Plague in India, 1896, 1897 - Volume 1
Year: 1896
Disease focus: Plague
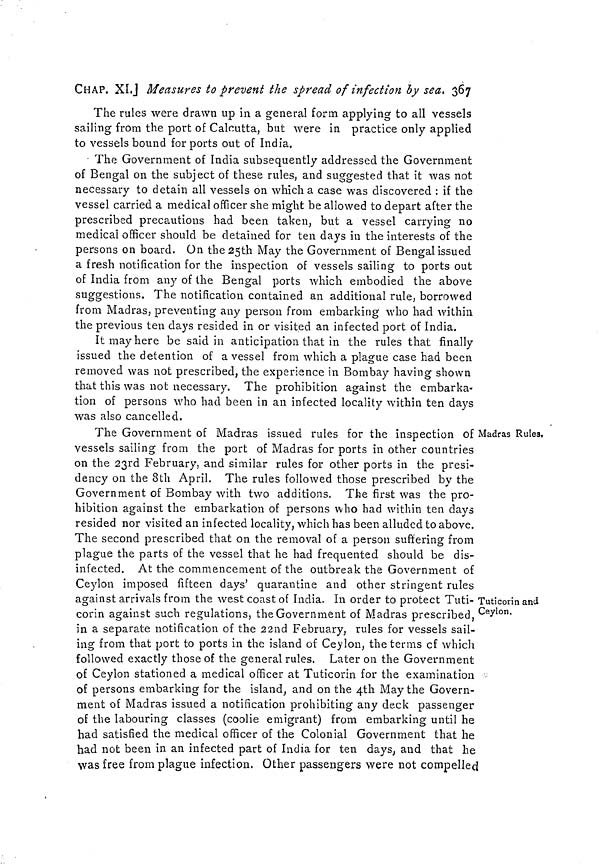
CHAP. XI.] Measures to prevent the spread of infection by sea. 367
The rules were drawn up in a general form applying to all vessels
sailing from the port of Calcutta, but were in practice only applied
to vessels bound for ports out of India.
The Government of India subsequently addressed the Government
of Bengal on the subject of these rules, and suggested that it was not
necessary to detain all vessels on which a case was discovered : if the
vessel carried a medical officer she might be allowed to depart after the
prescribed precautions had been taken, but a vessel carrying no
medical officer should be detained for ten days in the interests of the
persons on board. On the 25th May the Government of Bengal issued
a fresh notification for the inspection of vessels sailing to ports out
of India from any of the Bengal ports which embodied the above
suggestions. The notification contained an additional rule, borrowed
from Madras, preventing any person from embarking who had within
the previous ten clays resided in or visited an infected port of India.
It may here be said in anticipation that in the rules that finally
issued the detention of a vessel from which a plague case had been
removed was not prescribed, the experience in Bombay having shown
that this was not necessary. The prohibition against the embarka-
tion of persons who had been in an infected locality within ten days
was also cancelled.
Madras Rules,
Tuticorin and
Ceylon.
The Government of Madras issued rules for the inspection of I
vessels sailing from the port of Madras for ports in other countries
on the 23rd February, and similar rules for other ports in the presi-
dency on the 8th April. The rules followed those prescribed by the
Government of Bombay with two additions. The first was the pro-
hibition against the embarkation of persons who had within ten days
resided nor visited an infected locality, which has been alluded to above.
The second prescribed that on the removal of a person suffering from
plague the parts of the vessel that he had frequented should be dis-
infected. At the commencement of the outbreak the Government of
Ceylon imposed fifteen days' quarantine and other stringent rules
against arrivals from the west coast of India. In order to protect Tuti-
corin against such regulations, the Government of Madras prescribed,
in a separate notification of the 22nd February, rules for vessels sail-
ing from that port to ports in the island of Ceylon, the terms of which
followed exactly those of the general rules. Later on the Government
of Ceylon stationed a medical officer at Tuticorin for the examination
of persons embarking for the island, and on the 4th May the Govern-
ment of Madras issued a notification prohibiting any deck passenger
of the labouring classes (coolie emigrant) from embarking until he
had satisfied the medical officer of the Colonial Government that he
had not been in an infected part of India for ten days, and that he
was free from plague infection. Other passengers were not compelled